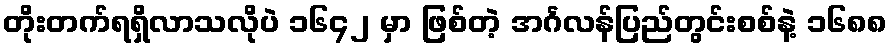
တိုးတက်ရရှိလာသလိုပဲ ၁၆၄၂ မှာ ဖြစ်တဲ့ အင်္ဂလန်ပြည်တွင်းစစ်နဲ့ ၁၆၈၈